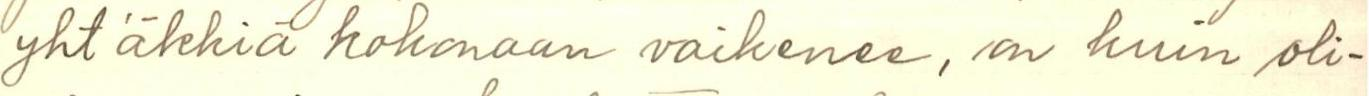
yht´äkkiä kokonaan vaikenee, on kuin oli-